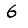
Digit: 6